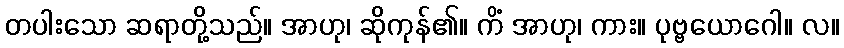
တပါးသော ဆရာတို့သည်။ အာဟု၊ ဆိုကုန်၏။ ကိံ အာဟု၊ ကား။ ပုဗ္ဗယောဂေါ။ လ။